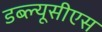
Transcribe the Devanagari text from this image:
डब्ल्यूसीएस